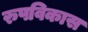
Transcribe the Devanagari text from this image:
रुपविकास